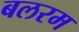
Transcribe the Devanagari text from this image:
बलरम